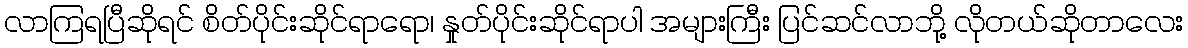
လာကြရပြီဆိုရင် စိတ်ပိုင်းဆိုင်ရာရော၊ နှုတ်ပိုင်းဆိုင်ရာပါ အများကြီး ပြင်ဆင်လာဘို့ လိုတယ်ဆိုတာလေး